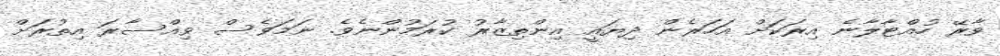
ވާރޭ ހުއްޓާލާނެ އިރަކަށް އަހަރެން ދިޔައީ އިންތިޒާރު ކުރަމުންނެވެ. ނަމަވެސް ވިއްސާރަ އިތުރަށް